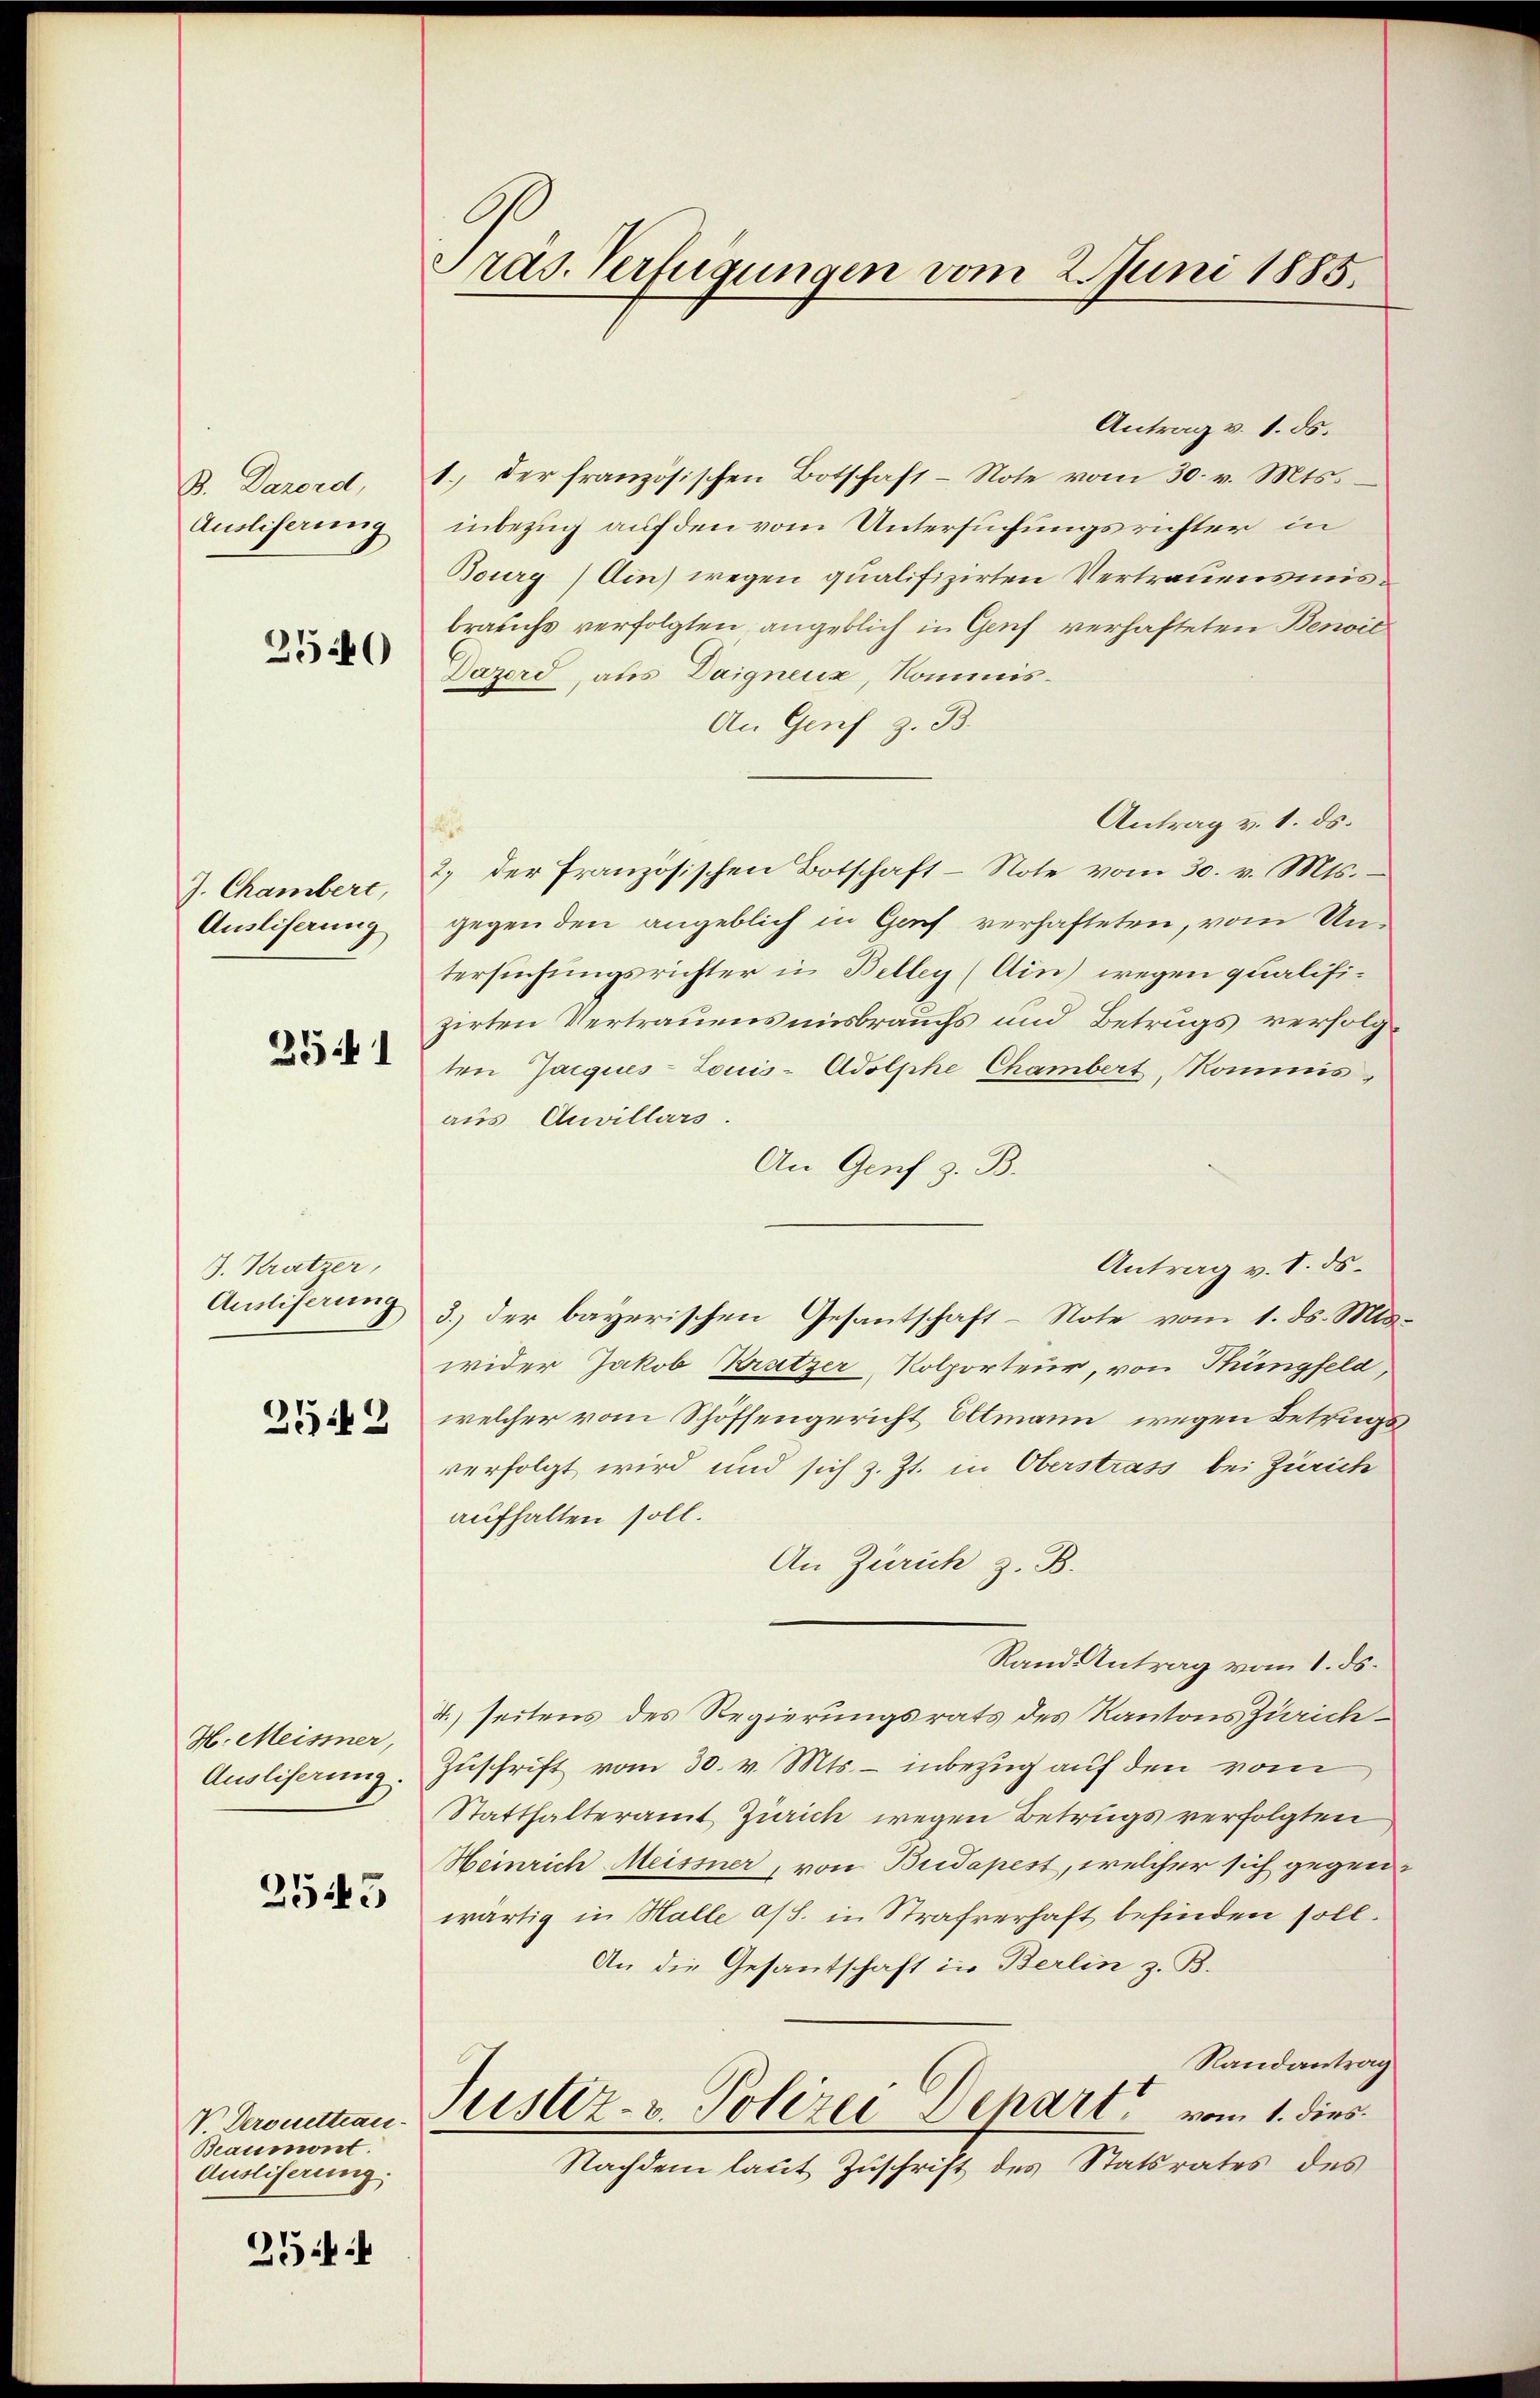
B. Dazord,
Ausliserung

2540

J. Chambert,
Ausliserung

25441

J. Kratzer,
Ausliferung

252

H. Meismer,
Ausliserung.

2543

Beaumont.
Ausliserung:

254:

Präs. Verfügungen vom 2. Juni 1885.

Antrag v. 1. ds.
1. der französischen Botschaft - Note vom 30. v. Mts.
inbezug auf den vom Untersuchungsrichter in
Bourg) Ain) wegen qualifizirten Vertrauensmisbrauchs verfolgten angeblich in Genf verhafteten Besic
Dazord, aus Daigneuz, Kommis¬
An Genf z. B.
Antrag v. 1. ds.
e
2.) der französischen Botschaft - Note vom 30. v. Mts. –
gegen den angeblich in Genf verhafteten, vom Untersuchungsrichter in Belleg (Ain) wegen qualifizirten Vertrauensmisbrauchs und Betrugs verfolg
ten Jacques-Louis- Adolphe Chambert, Kommis,
aus Anvillars.
An Genf z. B.
Antrag v. I. ds.
3.) der bayerischen Gesantschaft-Note vom 1. ds. Miswider Jakob Kratzer Kolporteur, von Thungfeld,
welcher vom Schöffengericht Oltmann, wegen Betrugs
verfolgt wird und sich z. Zt. in Oberstrass bei Zürich
aufhalten soll.
An Zürich z. B.
Rand Antrag vom 1. ds.
4.) seitens des Regierungsrats des Kantons Zürich¬
Zuschrift vom 30. v. Mts. – inbezug auf den vom
Statthalteramt Zürich wegen Betrugs verfolgten
Heinrich Meissner, von Budapest, welcher sich gegenwärtig in Halle ass. in Strafverhaft befinden soll.
An die Gesantschaft in Berlin z. B.
Randantrag
V. Kronettian Preslz- v. Polizei Depart vom 1. dies
Nachdem laut Zuschrift des Statsrates des